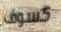
كسوف